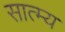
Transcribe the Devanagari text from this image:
सात्म्य